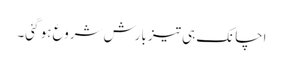
اچانک ہی تیز بارش شروع ہو گئی۔